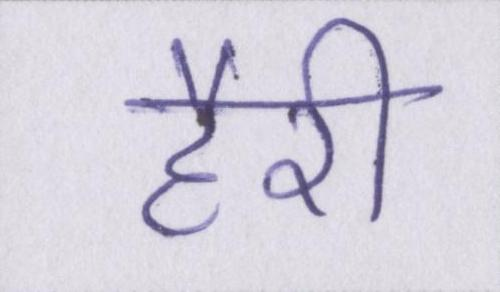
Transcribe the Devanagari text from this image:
हैरी